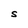
Character: S